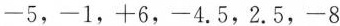
-5，-1，+6，-4.5，2.5，-8